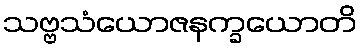
သဗ္ဗသံယောဇနက္ခယောတိ